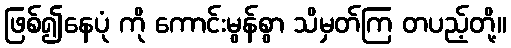
ဖြစ်၍နေပုံ ကို ကောင်းမွန်စွာ သိမှတ်ကြ တပည့်တို့။